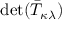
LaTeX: \operatorname* { d e t } ( { \bar { T } } _ { \kappa \lambda } )